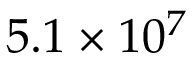
5 . 1 \times 1 0 ^ { 7 }